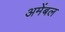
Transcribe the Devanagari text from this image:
अमेंबल